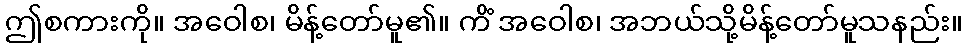
ဤစကားကို။ အဝေါစ၊ မိန့်တော်မူ၏။ ကိံ အဝေါစ၊ အဘယ်သို့မိန့်တော်မူသနည်း။